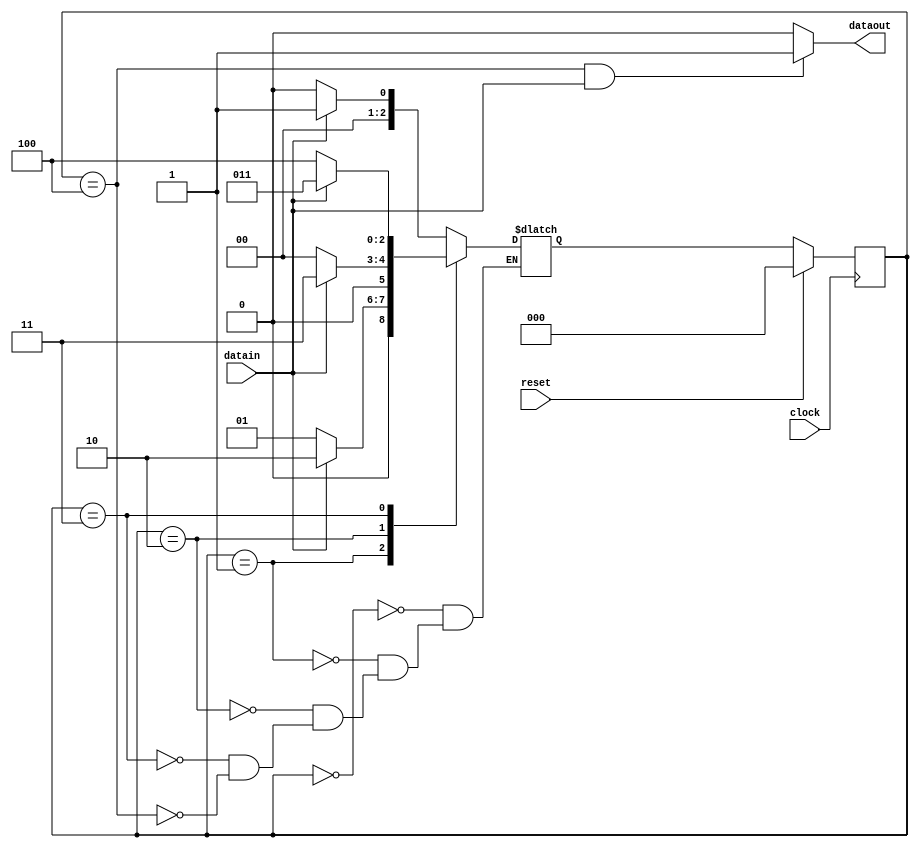
module jfsmMealyWithOverlap(dataout, clock, reset, datain);
  output reg dataout;
  input clock, reset, datain;
  
  reg[2:0] cs, ns;
  
  parameter a = 3'b000;
  parameter b = 3'b001;
  parameter c = 3'b010;
  parameter d = 3'b011;
  parameter e = 3'b100;
  parameter f = 3'b101;
  
  always @(posedge clock)
  begin
    if(reset)
      cs <= a;
    else
      cs <= ns;
  end

  always @(cs, datain)
  begin
    case(cs)
    a:
      begin
        if(datain)
          ns <= b;
        else
          ns <= a;
      end
    b:
      begin
        if(datain)
          ns <= c;
        else
          ns <= b;
      end
    c:
      begin
        if(datain)
          ns <= d;
        else
          ns <= a;
      end
    d:
      begin
        if(datain)
          ns <= d;
        else
          ns <= e;
      end
    e:
      begin
        if(datain)
          ns <= b; // This has to be ns <= a; if we have to consider with overlap
        else
          ns <= a;
      end
    endcase      
  end
  
  // This will assign the correct status to the dataout bit
  always @(cs, datain)
  begin
    if ( cs == e && datain == 1 )
      dataout <= 1;
    else
      dataout <= 0;
  end    
endmodule